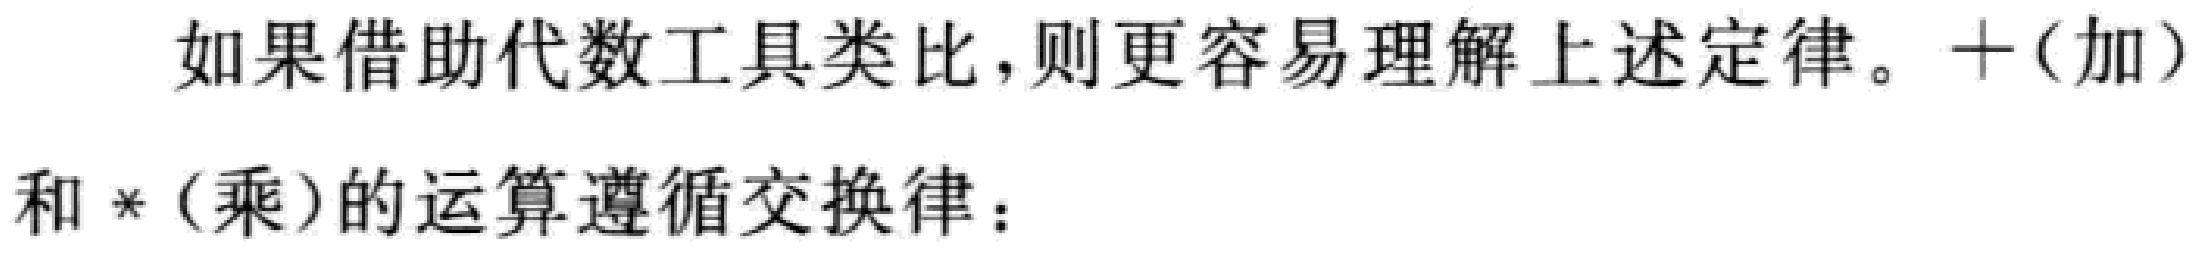
如果借助代数工具类比,则更容易理解上述定律。$+$(加)和$*$(乘)的运算遵循交换律：